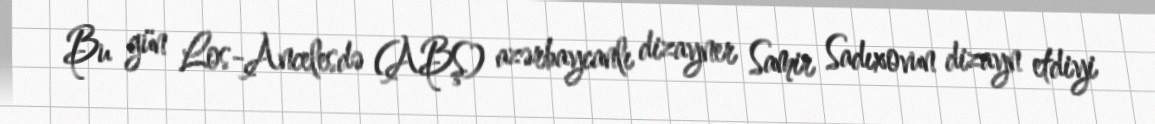
Bu gün Los-Ancelesdə (ABŞ) azərbaycanlı dizayner Samir Sadıxovun dizayn etdiyi